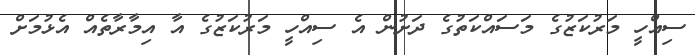
ސިއްހީ މަރުކަޒުގެ މަސައްކަތުގެ ދަށުން އެ ސިއްހީ މަރުކަޒުގެ އާ އިމާރާތެއް އެޅުމަށް